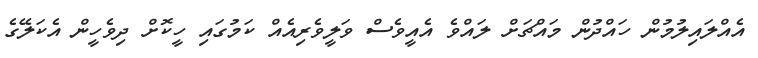
އެއްލައިލުމުން ހައްދުން މައްޗަށް ލައްވެ އެއީވެސް ވަލީވެރިއެއް ކަމުގައި ހީކޮށް ދިވެހީން އެކަލޭގެ